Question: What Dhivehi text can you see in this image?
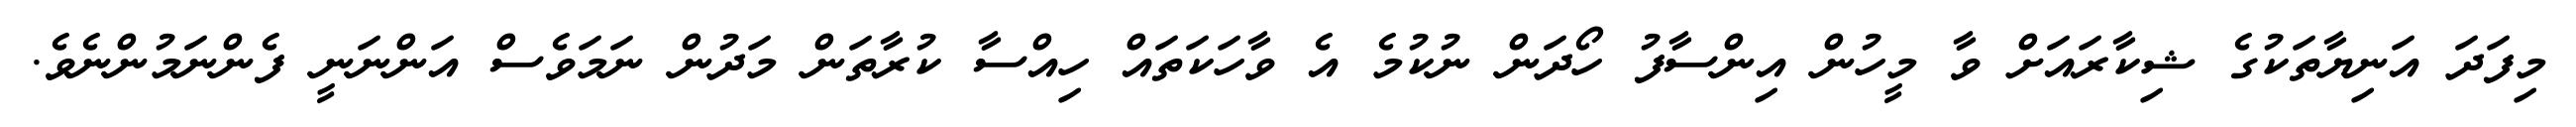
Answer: މިފަދަ އަނިޔާތަކުގެ ޝިކާރައަށް ވާ މީހުން އިންސާފު ހޯދަން ނުކުމެ އެ ވާހަކަތައް ހިއްސާ ކުރާތަން މަދުން ނަމަވެސް އަންނަނީ ފެންނަމުންނެވެ.